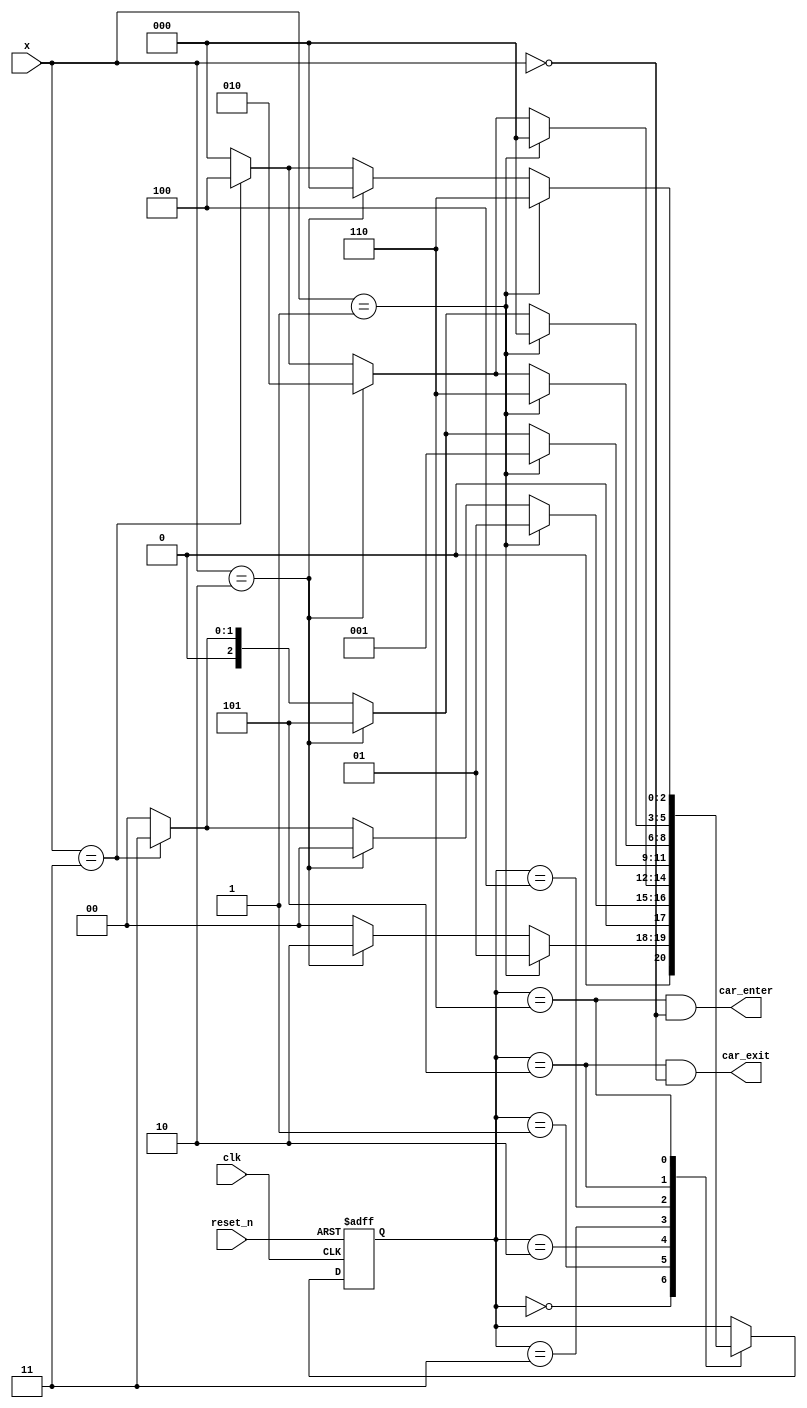
`timescale 1ns / 1ps
//////////////////////////////////////////////////////////////////////////////////
// Company: 
// Engineer: 
// 
// Design Name: 
// Module Name: parking_lot_fsm
// Project Name: 
// Target Devices: 
// Tool Versions: 
// Description: 
// 
// Dependencies: 
// 
// Revision:
// Revision 0.01 - File Created
// Additional Comments:
// 
//////////////////////////////////////////////////////////////////////////////////


module parking_lot_fsm(
    input clk,
    input reset_n,
    input [1:0]x,
    output car_enter,
    output car_exit
    );
    reg [2:0] state_reg, state_next;
    localparam s0 = 0;
    localparam s1 = 1;
    localparam s2 = 2;
    localparam s3 = 3;
    localparam s4 = 4;
    localparam s5 = 5;
    localparam s6 = 6;
    
    always @(posedge clk, negedge reset_n)
    begin
        if(~reset_n)
            state_reg <= 0;
        else
            state_reg <= state_next;
    end
    
    always @(*)
    begin
        case(state_reg)
            s0: if(x == 2'b01)
                    state_next = s1;
                else if(x == 2'b10)
                    state_next = s2;
                else if(x == 2'b11)
                    state_next = s0;
                else
                    state_next = s0;
            s1: if(x == 2'b01)
                    state_next = s1;
                else if(x == 2'b10)
                    state_next = s0;
                else if(x == 2'b11)
                    state_next = s3;
                else
                    state_next = s0;
            s2: if(x == 2'b01)
                    state_next = s0;
                else if(x == 2'b10)
                    state_next = s2;
                else if(x == 2'b11)
                    state_next = s4;
                else
                    state_next = s0;
            s3: if(x == 2'b01)
                    state_next = s1;
                else if(x == 2'b10)
                    state_next = s5;
                else if(x == 2'b11)
                    state_next = s3;
                else
                    state_next = s0;
            s4: if(x == 2'b01)
                    state_next = s6;
                else if(x == 2'b10)
                    state_next = s2;
                else if(x == 2'b11)
                    state_next = 4;
                else
                    state_next = s0;
            s5: if(x == 2'b01)
                    state_next = s0;
                else if(x == 2'b10)
                    state_next = s5;
                else if(x == 2'b11)
                    state_next = 3;
                else
                    state_next = s0;
            s6: if(x == 2'b01)
                    state_next = s6;
                else if(x == 2'b10)
                    state_next = s0;
                else if(x == 2'b11)
                    state_next = s4;
                else
                    state_next = s0;
            default: state_next = state_reg;
        endcase
    end
    
    assign car_enter = (state_reg == s6 & x == 2'b00);
    assign car_exit = (state_reg == s5 & x == 2'b00);
endmodule